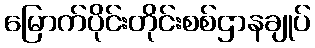
မြောက်ပိုင်းတိုင်းစစ်ဌာနချုပ်